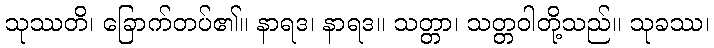
သုဿတိ၊ ခြောက်တပ်၏။ နာရဒ၊ နာရဒ။ သတ္တာ၊ သတ္တဝါတို့သည်။ သုခဿ၊